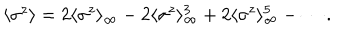
\langle \sigma ^ { z } \rangle = 2 \langle \sigma ^ { z } \rangle _ { \infty } - 2 \langle \sigma ^ { z } \rangle _ { \infty } ^ { 3 } + 2 \langle \sigma ^ { z } \rangle _ { \infty } ^ { 5 } - \cdots .